Leaving Certificate Examination (including Day School Certificate (Higher) General paper), 1934
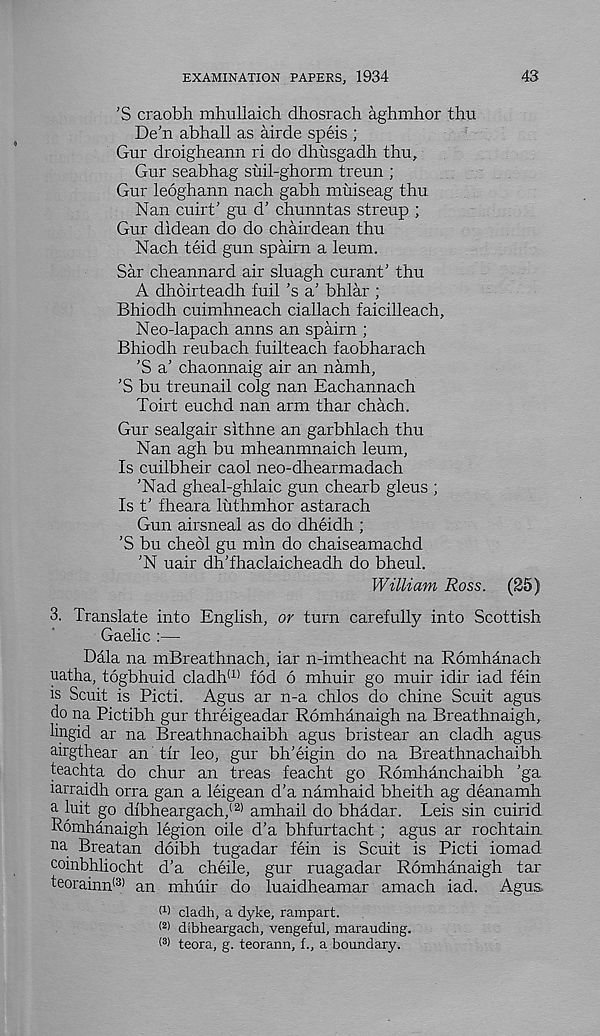
EXAMINATION PAPERS, 1934
43
’S craobh mhullaich dhosrach aghmhor thu
De'n abhall as airde speis ;
Gur droigheann ri do dhusgadh thu,
Gur seabhag suil-ghorm treun ;
Gur leoghann nach gabh muiseag thu
Nan cuirt' gu d’ chunntas streup ;
Gur didean do do chairdean thu
Nach teid gun spairn a leum.
Sar cheannard air sluagh curant' thu
A dhbirteadh fuil ’s a' bhlar ;
Bhiodh cuimhneach ciallach faicilleach,
Neo-lapach anns an spairn ;
Bhiodh reubach fuilteach faobharach
’S a’ chaonnaig air an namh,
’S bu treunail colg nan Eachannach
Toirt euchd nan arm thar chach.
Gur sealgair sithne an garbhlach thu
Nan agh bu mheanmnaich leum,
Is cuilbheir caol neo-dhearmadach
'Nad gheal-ghlaic gun chearb gleus ;
Is t’ fheara luthmhor astarach
Gun airsneal as do dheidh ;
'S bu cheol gu min do chaiseamachd
'N uair dh'fhaclaicheadh do bheul.
William Ross. (25)
3. Translate into English, or turn carefully into Scottish
Gaelic :—
Dala na mBreathnach, iar n-imtheacht na Romhanach
uatha, togbhuid cladh (1> fod 6 mhuir go muir idir iad fein
is Scuit is Picti. Agus ar n-a chlos do chine Scuit agus
do na Pictibh gur threigeadar Romhanaigh na Breathnaigh,
lingid ar na Breathnachaibh agus bristear an cladh agus
airgthear an tir leo, gur bh’eigin do na Breathnachaibh
teachta do chur an treas feacht go RomMnchaibh 'ga
larraidh orra gan a leigean d’a namhaid bheith ag deanamh
a luit go dibheargach, (2) amhail do bhadar. Leis sin cuirid
Romhanaigh legion oile d’a bhfurtacht ; agus ar rochtain
na Breatan doibh tugadar fein is Scuit is Picti iomad
coinbhliocht d’a cheile, gur ruagadar Romhanaigh tar
teorainn {3> an mhuir do luaidheamar amach iad. Agus
M cladh, a dyke, rampart.
< 2 > dlbheargach, vengeful, marauding.
( 3 > teora, g. teorann, f., a boundary.